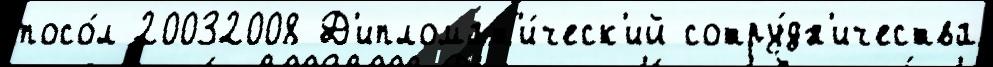
посо́л 20032008 Д'ипломат'и́ческ'ий сотру́дн'ичества